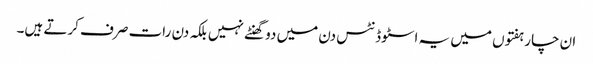
ان چار ہفتوں میں یہ اسٹوڈنٹس دن میں دو گھنٹے نہیں بلکہ دن رات صرف کرتے ہیں۔